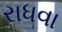
રાધવા